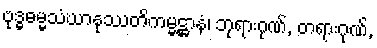
ဗုဒ္ဓဓမ္မသံဃာနုဿတိကမ္မဋ္ဌာနံ၊ ဘုရားဂုဏ်, တရားဂုဏ်,